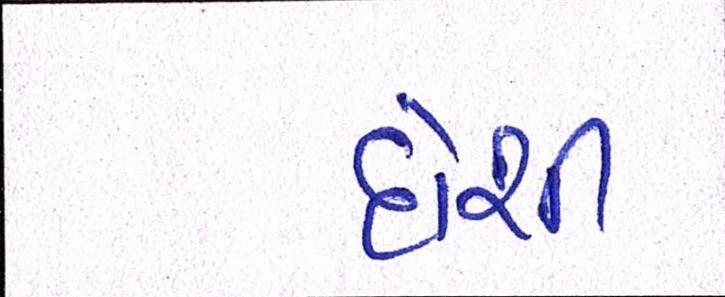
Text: દોશી